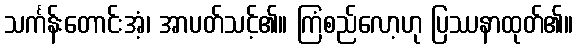
သင်္ကန်းတောင်းအံ့၊ အာပတ်သင့်၏။ ကြံစည်လော့ဟု ပြဿနာထုတ်၏။